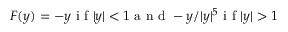
F ( y ) = - y \mathrm { ~ i ~ f ~ } | y | < 1 \mathrm { ~ a ~ n ~ d ~ } - y / | y | ^ { 5 } \mathrm { ~ i ~ f ~ } | y | > 1